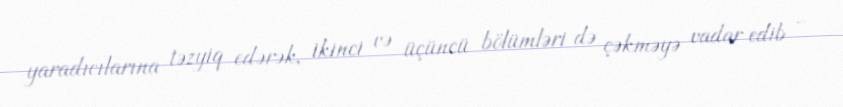
yaradıcılarına təzyiq edərək, ikinci və üçüncü bölümləri də çəkməyə vadar edib -